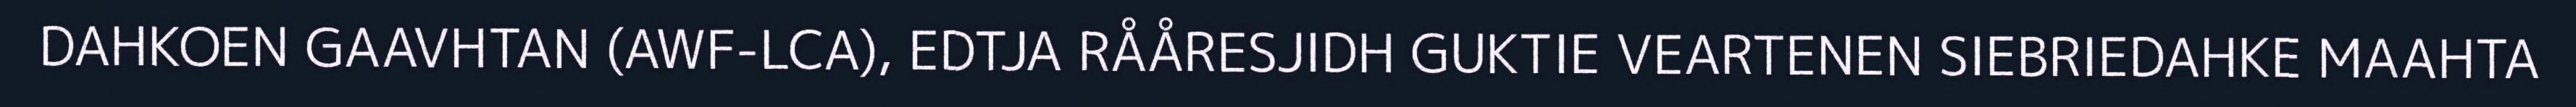
DAHKOEN GAAVHTAN (AWF-LCA), EDTJA RÅÅRESJIDH GUKTIE VEARTENEN SIEBRIEDAHKE MAAHTA